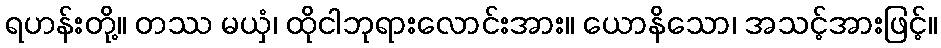
ရဟန်းတို့။ တဿ မယှံ၊ ထိုငါဘုရားလောင်းအား။ ယောနိသော၊ အသင့်အားဖြင့်။